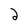
Character: 2